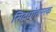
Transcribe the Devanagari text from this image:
सिद्धांतपरक